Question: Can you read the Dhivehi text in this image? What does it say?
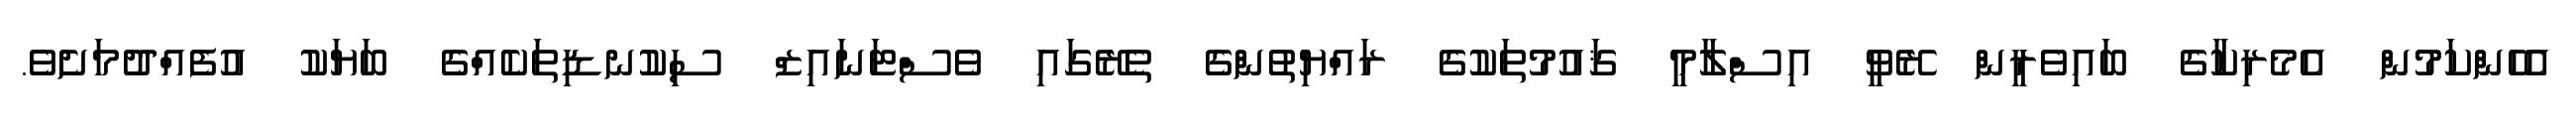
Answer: އެހެންކަމުން އެމެރިކާގެ ބައިވެރީން ރޭވީ އިސްލާމީ ޤައުމުތަކުގެ ރައްޔިތުންގެ ތެރޭގައި ވެސްޓަނައިޒް ސިކުނޑިތަކެއްގެ ބަޔަކު އުފެއްދުމަށެވެ.